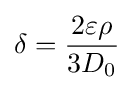
\delta ={\frac {2\varepsilon \rho }{3D_{0}}}